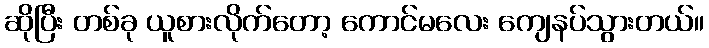
ဆိုပြီး တစ်ခု ယူစားလိုက်တော့ ကောင်မလေး ကျေနပ်သွားတယ်။